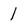
Character: 1